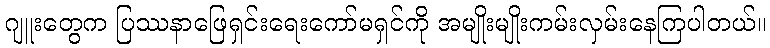
ဂျူးတွေက ပြဿနာဖြေရှင်းရေးကော်မရှင်ကို အမျိုးမျိုးကမ်းလှမ်းနေကြပါတယ်။